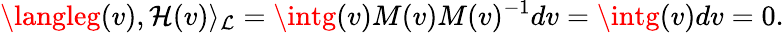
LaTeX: \langleg(v),\mathcal{H}(v)\rangle_{\mathcal{{L}}}=\intg(v)M(v)M(v)^{-1}dv=\intg(v)dv=0.